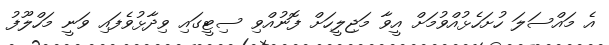
އެ މައްސަލަ ހުށަހެޅުއްވުމަށް އީވާ މަޖިލީހަށް ފޮނުއްވި ސިޓީގައި ވިދާޅުވެފައި ވަނީ މަހްލޫފު